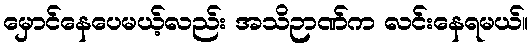
မှောင်နေပေမယ့်လည်း အသိဉာဏ်က လင်းနေရမယ်။